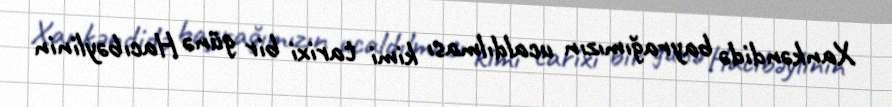
Xankəndidə bayrağımızın ucaldılması kimi tarixi bir günə Hacıbəylinin